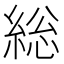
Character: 総